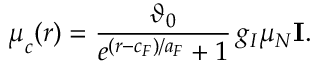
\boldsymbol \mu _ { c } ( r ) = \frac { \vartheta _ { 0 } } { e ^ { ( r - c _ { F } ) / a _ { F } } + 1 } \, g _ { I } \mu _ { N } \mathbf { I } .